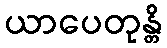
ယာပေတုန္တိ